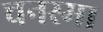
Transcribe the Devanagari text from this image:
चनस्मा